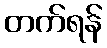
တက်ရန်